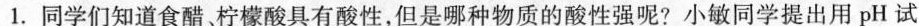
1.同学们知道食醋。柠檬酸具有酸性，但是哪种物质的酸性强呢?小敏同学提出用pH试